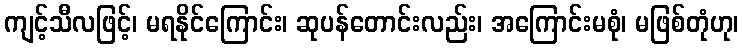
ကျင့်သီလဖြင့်၊ မရနိုင်ကြောင်း၊ ဆုပန်တောင်းလည်း၊ အကြောင်းမစုံ၊ မဖြစ်တုံဟု၊